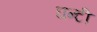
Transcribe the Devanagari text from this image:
घन्टी